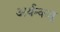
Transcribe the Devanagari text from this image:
अर्यन्कवु